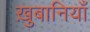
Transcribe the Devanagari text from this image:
ख़ुबानियाँ